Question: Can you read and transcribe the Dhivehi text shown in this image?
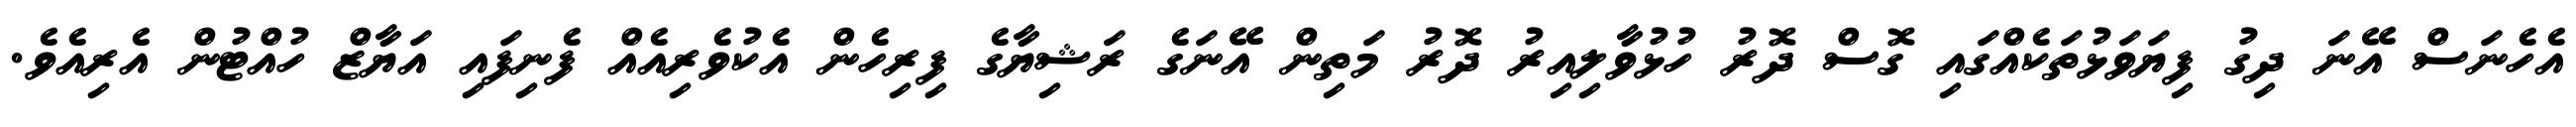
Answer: އެހެނަސް އޭނަ ދިގު ފިޔަވަޅުތަކެއްގައި ގޮސް ދޮރު ހުޅުވާލިއިރު ދޮރު މަތިން އޭނަގެ ރަޝިޔާގެ ފިރިހެން އެކުވެރިއެއް ފެނިފައި އަޔާޒް ހުއްޓުން އެރިއެވެ.